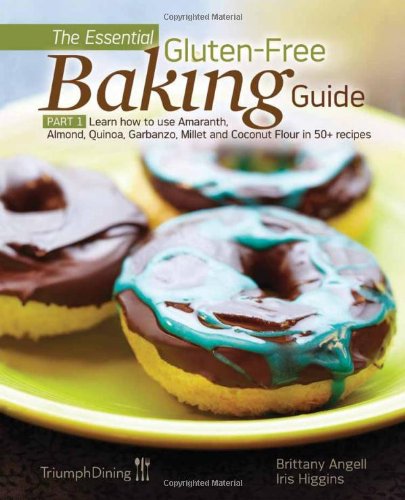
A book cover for The Essential Gluten-Free Baking Guide Part 1; Brittany Angell; Cookbooks, Food & Wine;